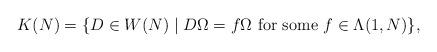
LaTeX: \begin{align*}K(N) = \lbrace D \in W(N)\mid D\Omega = f\Omega \hbox{ for some }f\in \Lambda(1, N)\rbrace,\end{align*}